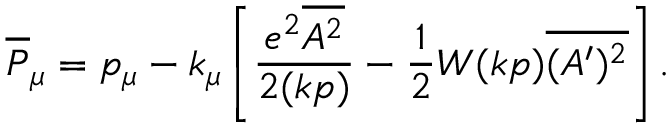
\overline { { { P } } } _ { \mu } = p _ { \mu } - k _ { \mu } \left[ \frac { e ^ { 2 } \overline { { { A ^ { 2 } } } } } { 2 ( k p ) } - \frac 1 2 W ( k p ) \overline { { { ( A ^ { \prime } ) ^ { 2 } } } } \right] .